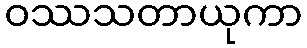
ဝဿသတာယုကာ